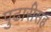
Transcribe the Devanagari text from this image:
पुढारीसह